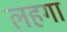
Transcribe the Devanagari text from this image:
लहगा